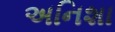
અનિશા